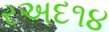
રઅદ૧૪